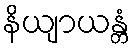
နိယျာယန္တံ